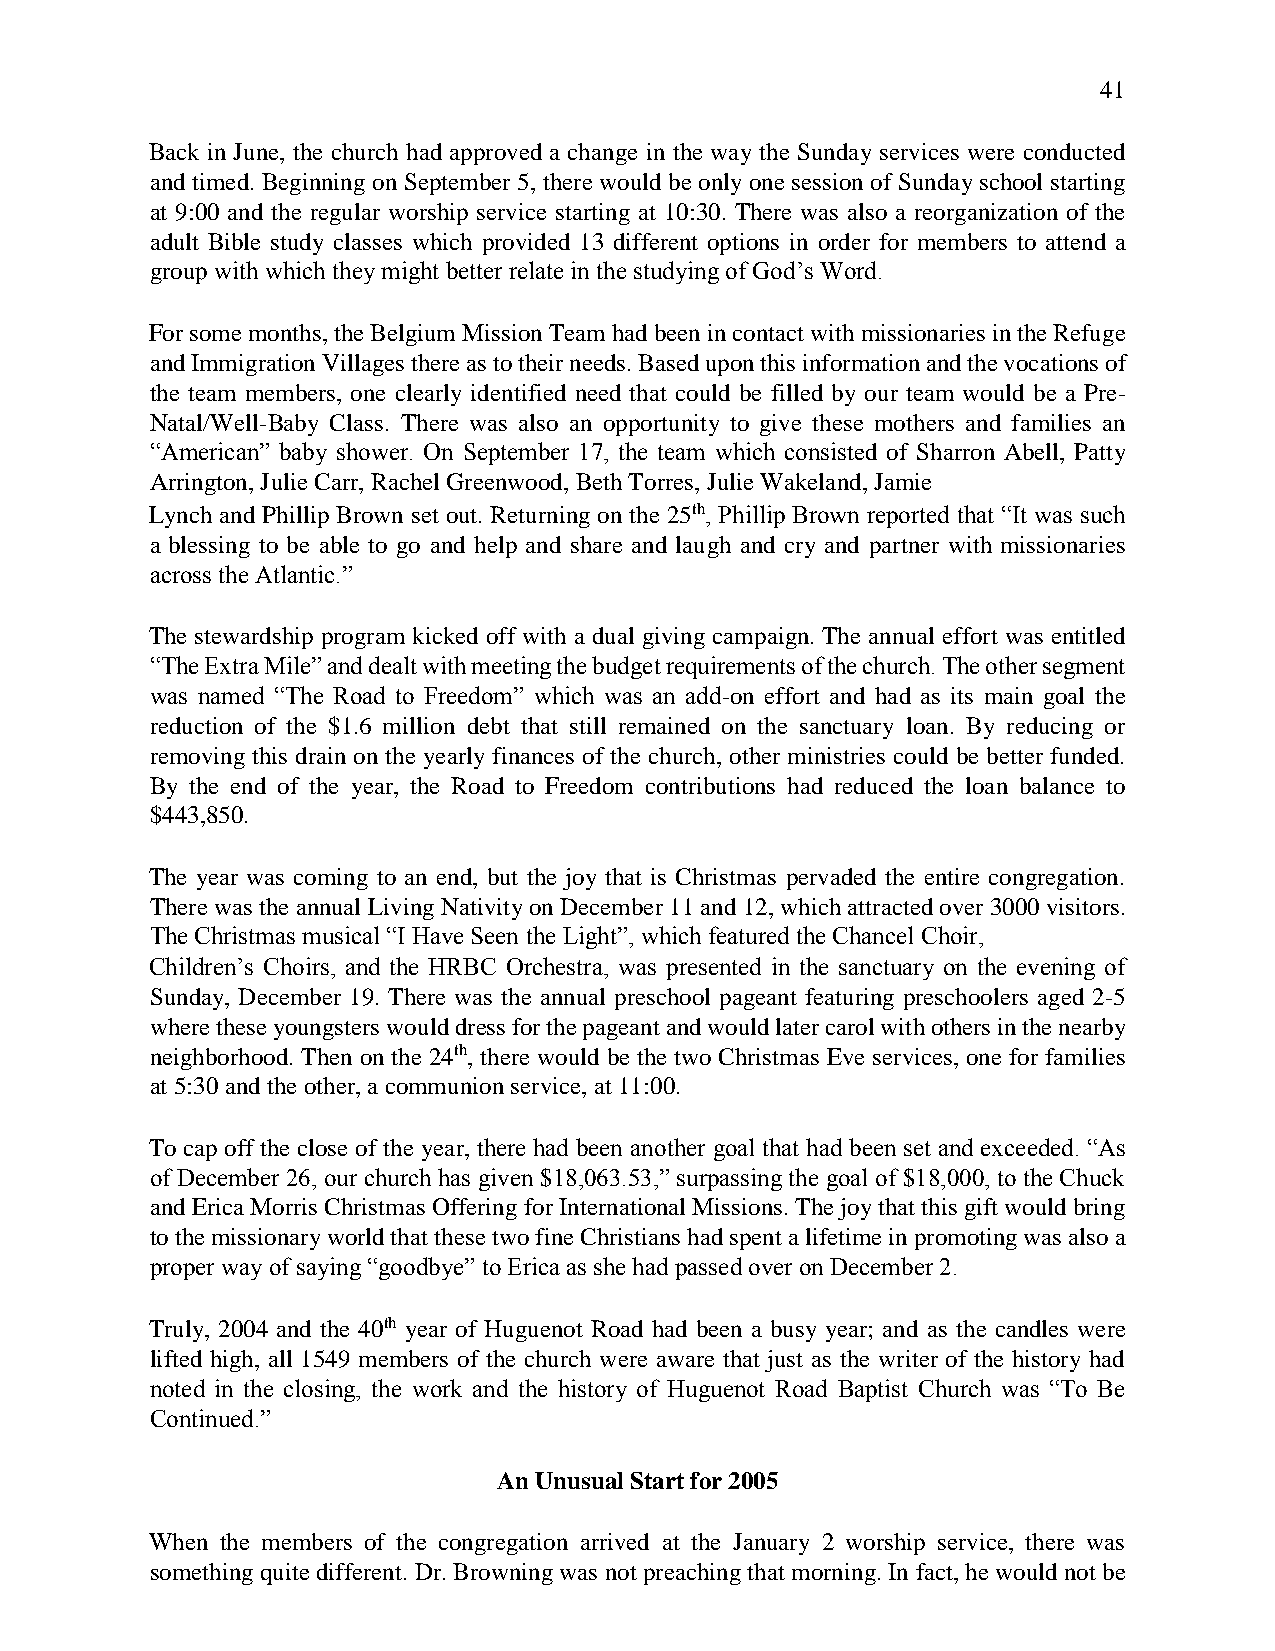
41
 Back in June, the church had approved a change in the way the Sunday services were conducted
 and timed. Beginning on September 5, there would be only one session of Sunday school starting
 at 9:00 and the regular worship service starting at 10:30. There was also a reorganization of the
 adult Bible study classes which provided 13 different options in order for members to attend a
 group with which they might better relate in the studying of God’s Word.
 For some months, the Belgium Mission Team had been in contact with missionaries in the Refuge
 and Immigration Villages there as to their needs. Based upon this information and the vocations of
 the team members, one clearly identified need that could be filled by our team would be a Pre-
 Natal/Well-Baby Class. There was also an opportunity to give these mothers and families an
 “American” baby shower. On September 17, the team which consisted of Sharron Abell, Patty
 Arrington, Julie Carr, Rachel Greenwood, Beth Torres, Julie Wakeland, Jamie
 Lynch and Phillip Brown set out. Returning on the 25th, Phillip Brown reported that “It was such
 a blessing to be able to go and help and share and laugh and cry and partner with missionaries
 across the Atlantic.”
 The stewardship program kicked off with a dual giving campaign. The annual effort was entitled
 “The Extra Mile” and dealt with meeting the budget requirements of the church. The other segment
 was named “The Road to Freedom” which was an add-on effort and had as its main goal the
 reduction of the $1.6 million debt that still remained on the sanctuary loan. By reducing or
 removing this drain on the yearly finances of the church, other ministries could be better funded.
 By the end of the year, the Road to Freedom contributions had reduced the loan balance to
 $443,850.
 The year was coming to an end, but the joy that is Christmas pervaded the entire congregation.
 There was the annual Living Nativity on December 11 and 12, which attracted over 3000 visitors.
 The Christmas musical “I Have Seen the Light”, which featured the Chancel Choir,
 Children’s Choirs, and the HRBC Orchestra, was presented in the sanctuary on the evening of
 Sunday, December 19. There was the annual preschool pageant featuring preschoolers aged 2-5
 where these youngsters would dress for the pageant and would later carol with others in the nearby
 neighborhood. Then on the 24th, there would be the two Christmas Eve services, one for families
 at 5:30 and the other, a communion service, at 11:00.
 To cap off the close of the year, there had been another goal that had been set and exceeded. “As
 of December 26, our church has given $18,063.53,” surpassing the goal of $18,000, to the Chuck
 and Erica Morris Christmas Offering for International Missions. The joy that this gift would bring
 to the missionary world that these two fine Christians had spent a lifetime in promoting was also a
 proper way of saying “goodbye” to Erica as she had passed over on December 2.
 Truly, 2004 and the 40th year of Huguenot Road had been a busy year; and as the candles were
 lifted high, all 1549 members of the church were aware that just as the writer of the history had
 noted in the closing, the work and the history of Huguenot Road Baptist Church was “To Be
 Continued.”
 An Unusual Start for 2005
 When the members of the congregation arrived at the January 2 worship service, there was
 something quite different. Dr. Browning was not preaching that morning. In fact, he would not be